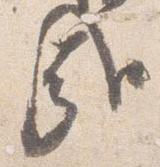
哉